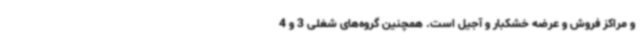
و مراکز فروش و عرضه خشکبار و آجیل است. همچنین گروه‌های شغلی 3 و 4